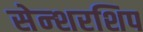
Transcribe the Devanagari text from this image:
सेन्शरशिप